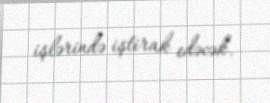
işlərində iştirak edəcək.